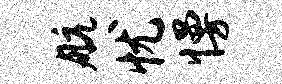
航忧慢